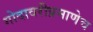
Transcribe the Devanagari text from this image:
गोदावरीप्रमाणेच